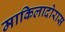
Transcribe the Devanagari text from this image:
माकिलादोरास